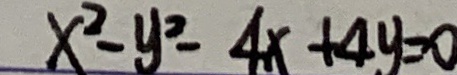
x ^ { 2 } - y ^ { 2 } - 4 x + 4 y = 0